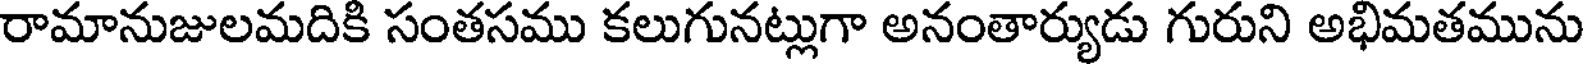
రామానుజులమదికి సంతసము కలుగునట్లుగా అనంతార్యుడు గురుని అభిమతమును